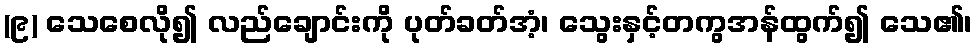
(၉) သေစေလို၍ လည်ချောင်းကို ပုတ်ခတ်အံ့၊ သွေးနှင့်တကွအန်ထွက်၍ သေ၏၊